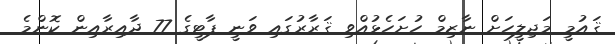
ޤައުމީ މަޖިލީހަށް ނާޒިމް ހުށަހެޅުއްވި ޤަރާރުގައި ވަނީ ޕާޓީގެ 77 ދާއިރާއިން ކޮންމެ